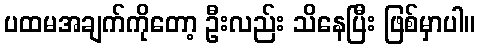
ပထမအချက်ကိုတော့ ဦးလည်း သိနေပြီး ဖြစ်မှာပါ။